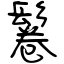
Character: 鬈